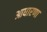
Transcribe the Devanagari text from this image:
आधारणा